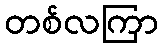
တစ်လကြာ